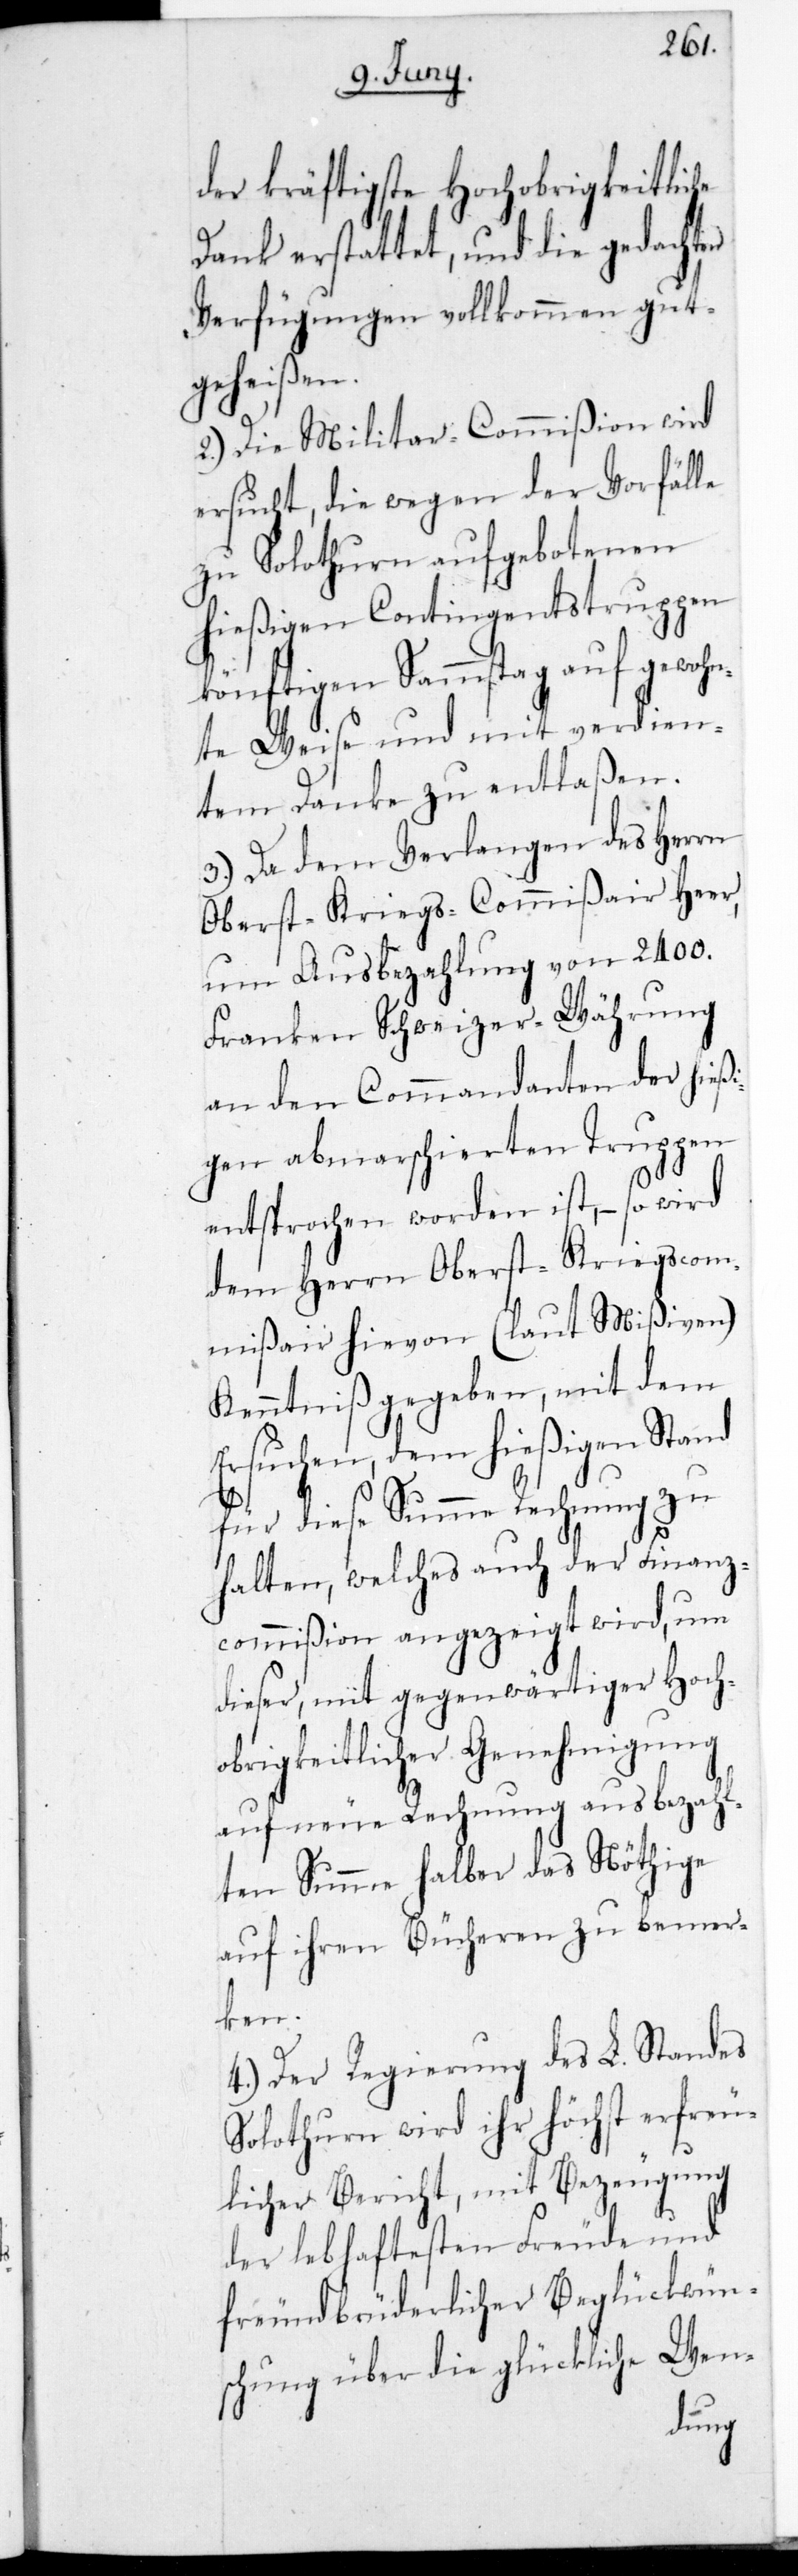
der kräftigste Hochobrigkeitliche
Dank erstattet, und die gedachten
Verfügungen vollkommen gut¬
geheißen.
2.) Die Militar-Commißion wird
ersucht, die wegen der Vorfälle
zu Solothurn aufgebotenen
hießigen Contingentstruppen
könftigen Sammstag auf gewo¬
hnte Weise und mit verdien¬
tem Danke zu entlaßen.
3.) Da dem Verlangen des Herrn
Oberstkriegs-Commißair Heer,
um Ausbezahlung von 2400.
Franken Schweizer Währung
an den Commandanten der hießi¬
gen abmarschierten Truppen
entsprochen worden ist, – so wird
dem Herrn Oberst-Kriegs-Com¬
mißair hievon (laut Mißiven)
Kenntniß gegeben, mit dem
Ersuchen, dem hießigen Stand
für diese Summe Rechnung zu
halten, welches auch der Finanz¬
commißion angezeigt wird, um
dieser, mit gegenwärtiger Hoch¬
obrigkeitlicher Genehmigung
auf neue Rechnung ausbezahl¬
ten Summe halber das Nöthige
auf ihren Bücheren zu bemer¬
ken.
4.) Der Regierung des L. Standes
Solothurn wird ihr Höchst erfreu¬
licher Bericht, mit Bezeugung
der lebhaftesten Freude und
freundbrüderlicher Beglückwün¬
schung über die glückliche Wen-